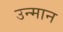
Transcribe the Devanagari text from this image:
उन्मान